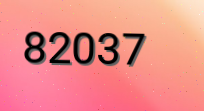
82037